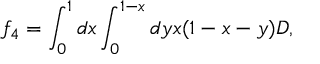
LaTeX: f _ { 4 } = \int _ { 0 } ^ { 1 } d x \int _ { 0 } ^ { 1 - x } d y x ( 1 - x - y ) D ,